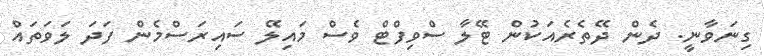
ގިނަވާނީ. ދެން ދޭތެރެއަކުން ޓޭލާ ސްވިފްޓް ވެސް މައިލޭ ސައިރަސްމެން ފަދަ ލަވަތައް